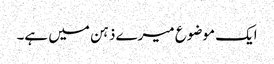
ایک موضوع میرے ذہن میں ہے۔